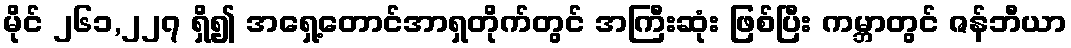
မိုင် ၂၆၁,၂၂၇ ရှိ၍ အရှေ့တောင်အာရှတိုက်တွင် အကြီးဆုံး ဖြစ်ပြီး ကမ္ဘာတွင် ဇန်ဘီယာ